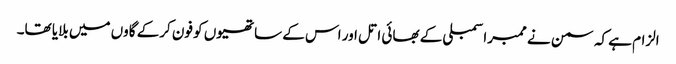
الزام ہے کہ سمن نے ممبراسمبلی کے بھائی اتل اور اس کے ساتھیوں کو فون کرکے گاوں میں بلایا تھا۔